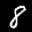
Label: 8